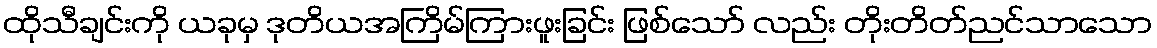
ထိုသီချင်းကို ယခုမှ ဒုတိယအကြိမ်ကြားဖူးခြင်း ဖြစ်သော် လည်း တိုးတိတ်ညင်သာသော